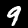
Digit: 9